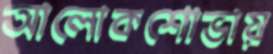
আলোকশোভায়